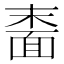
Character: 𬰠